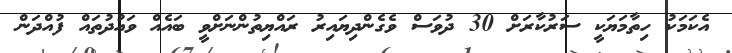
އެކަމަކު ހިތާމަޔަކީ ސަރުކާރަށް 30 ދުވަސް ވެގެންދިޔައިރު ރައްޔިތުންނަށްވީ ބައެއް ވައުދުތައް ފުއްދަން